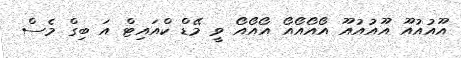
އޫއުއުއޫ އޫއުއުއޫ އޯއޯއޯއޯ އޯއޯއޯ ވީ މޭޑް ކްއައިޓް އަ ބިގް މެސް